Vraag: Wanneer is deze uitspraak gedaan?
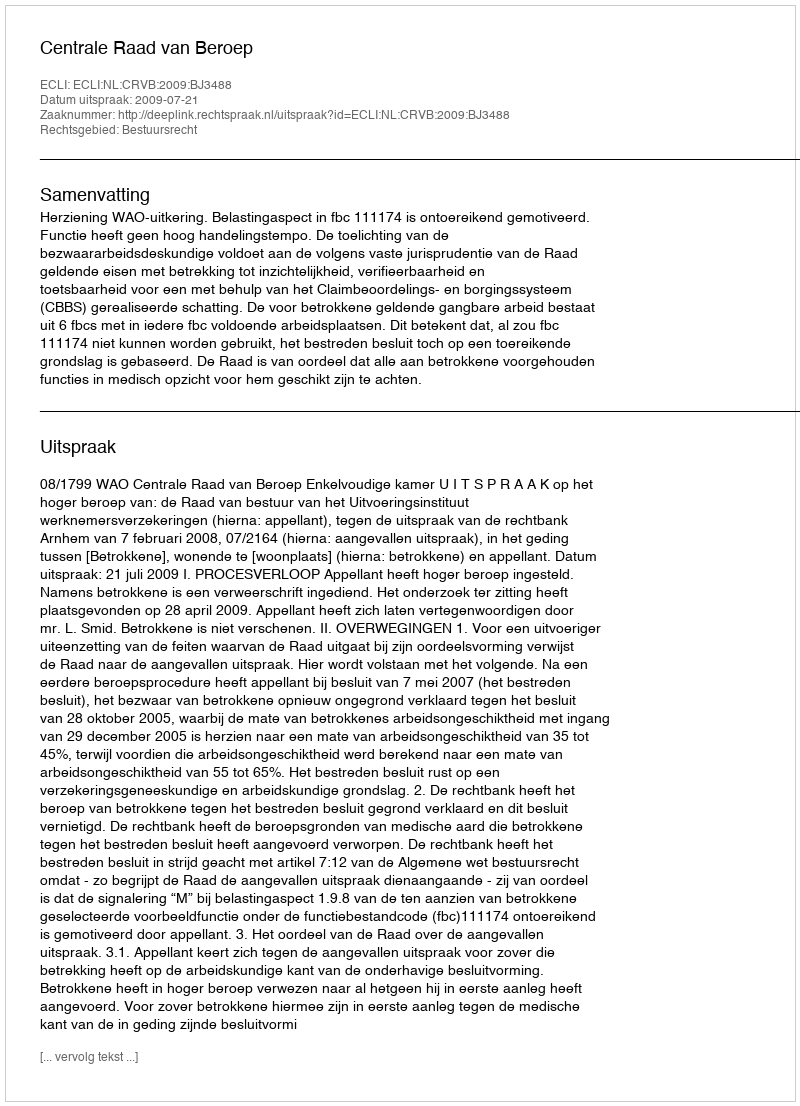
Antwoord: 2009-07-21